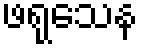
ဖရုသေန